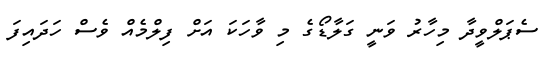
ސެޕަލްވީދާ މިހާރު ވަނީ ގަލާޑޯގެ މި ވާހަކަ އަށް ފިލްމެއް ވެސް ހަދައިފަ